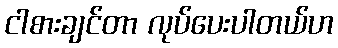
ငါစားချင်တာ လုပ်ပေးပါတယ်ဟ